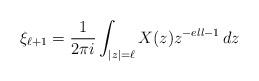
LaTeX: \begin{align*}\xi_{\ell +1} = \frac 1{2\pi i} \int_{|z|= \ell} X(z) z^{-ell-1}\, dz\end{align*}